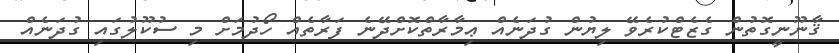
ޤާނޫނީގޮތުން ގެޒެޓްކުރެވޭ ލިޔުން ގުދަނެއް ޢިމާރާތްކޮށްދޭނެ ފަރާތެއް ހޯދުމަށް މި ސުކޫލުގައި ގުދަނެއް